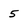
Character: 5